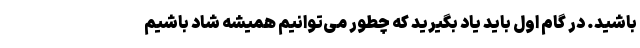
باشید. در گام اول باید یاد بگیرید که چطور می‌توانیم همیشه شاد باشیم